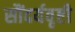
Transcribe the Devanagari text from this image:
सौंदर्यवृष्टी